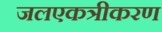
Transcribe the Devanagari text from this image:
जलएकत्रीकरण